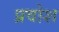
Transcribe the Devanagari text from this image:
प्रवोश